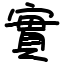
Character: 實